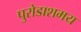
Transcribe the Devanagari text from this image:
पुरोडाशमय